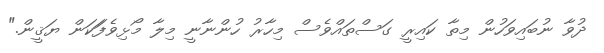
ދުވާ ނުބައިވަހުން މިތާ ކައިރީ ގަސްތައްވެސް މިހާރު ހުންނާނީ މިލާ މޯޅިވެފަަކަން ޔަޤީން."